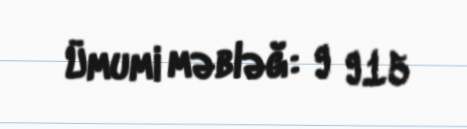
Ümumi məbləğ: 9 915